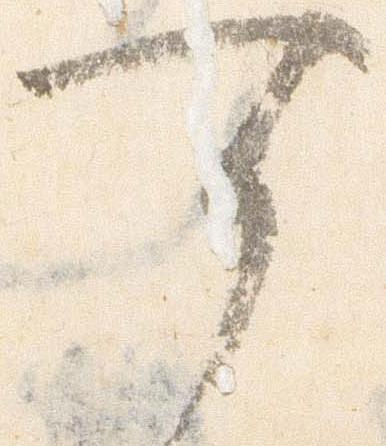
可